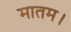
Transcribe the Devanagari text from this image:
मातम।